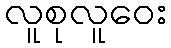
လူစုလူဝေး